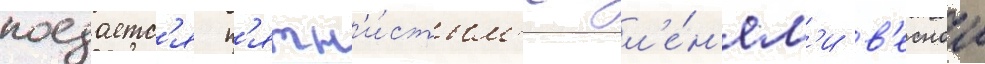
поедаетс'я п'ятн'и́стым'и ол'е́н'ям'и в'еснои